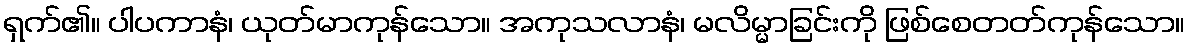
ရှက်၏။ ပါပကာနံ၊ ယုတ်မာကုန်သော။ အကုသလာနံ၊ မလိမ္မာခြင်းကို ဖြစ်စေတတ်ကုန်သော။